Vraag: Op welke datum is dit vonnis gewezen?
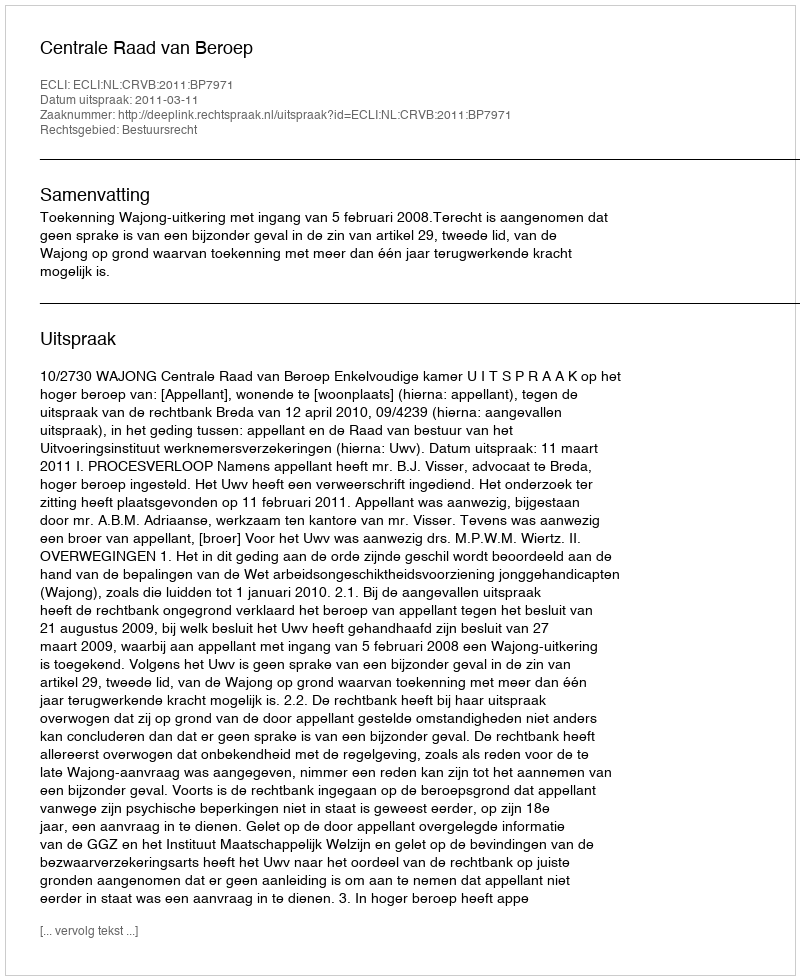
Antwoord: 2011-03-11